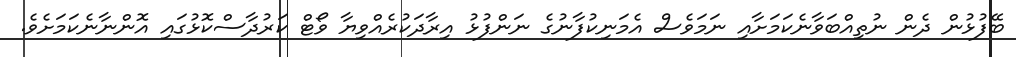
ބޭފުޅުން ދެން ނުތިއްބަވާނެކަމަށާއި ނަމަވެސް އެމަނިކުފާނުގެ ނަންފުޅު އިރާދަކުރެއްވިޔާ ވޯޓް ކަރުދާސްކޮޅުގައި އޮންނާނެކަމަށެވެ.